Problem: 24 + 95 = ?
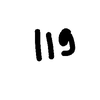
Handwritten answer: 119